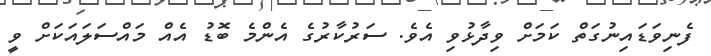
ފެނިވަޑައިނުގަތް ކަމަށް ވިދާޅުވި އެވެ. ސަރުކާރުގެ އެންމެ ބޮޑު އެއް މައްސަލައަކަށް ވީ